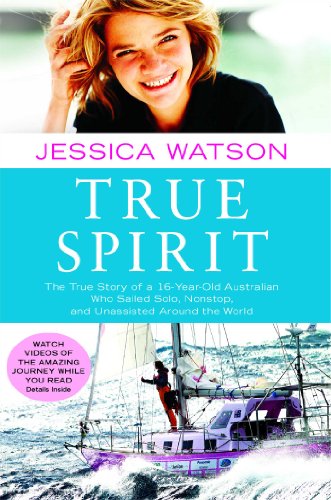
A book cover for True Spirit: The True Story of a 16-Year-Old Australian Who Sailed Solo, Nonstop, and Unassisted Around the World; Jessica Watson; Biographies & Memoirs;